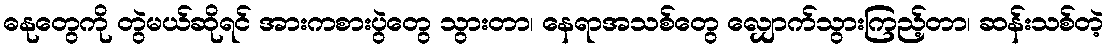
ဓနုတွေကို တွဲမယ်ဆိုရင် အားကစားပွဲတွေ သွားတာ၊ နေရာအသစ်တွေ လျှောက်သွားကြည့်တာ၊ ဆန်းသစ်တဲ့